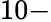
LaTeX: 10-